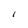
Character: I